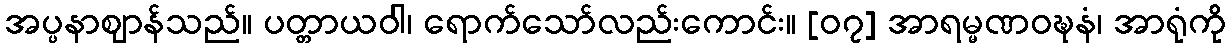
အပ္ပနာဈာန်သည်။ ပတ္တာယဝါ၊ ရောက်သော်လည်းကောင်း။ [၀၇] အာရမ္မဏဝဍ္ဎနံ၊ အာရုံကို